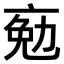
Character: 𠅦